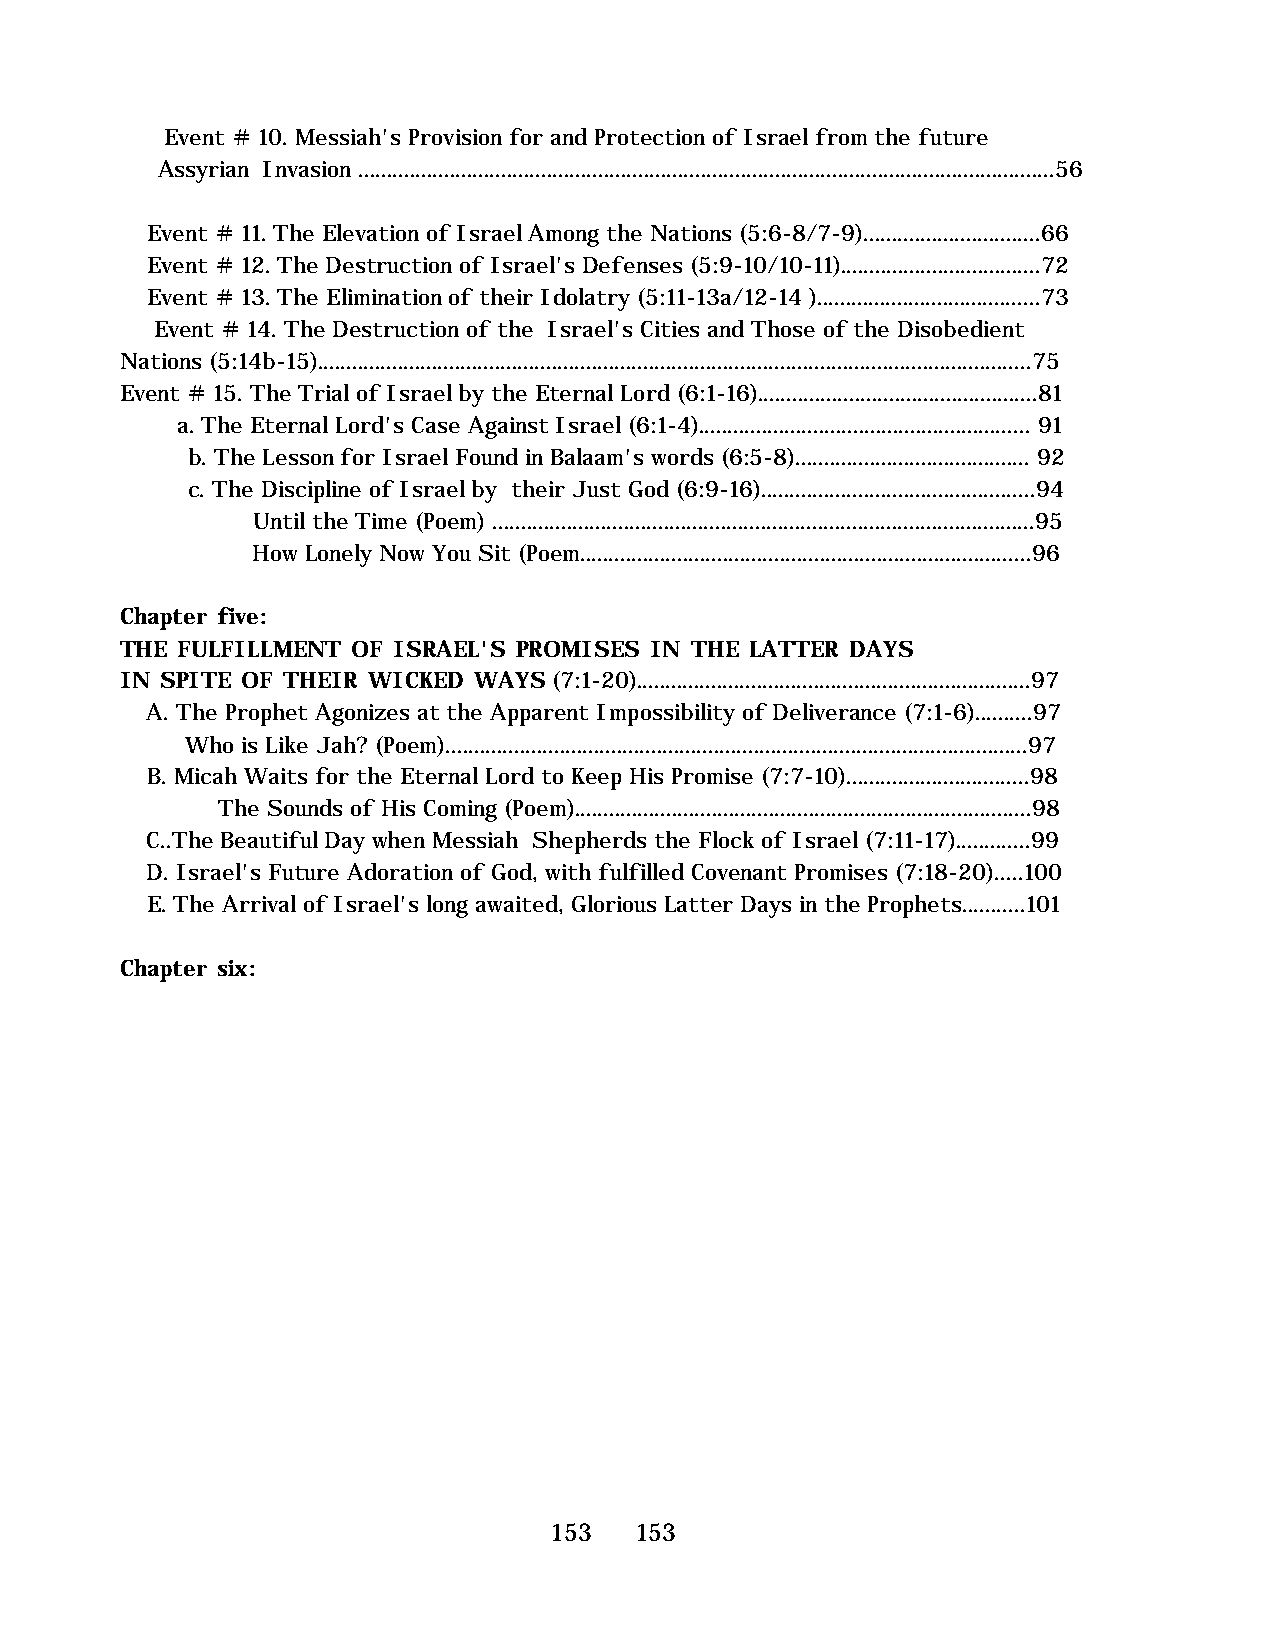
Event # 10. Messiah's Provision for and Protection of Israel from the future
 Assyrian Invasion ..........................................................................................................................56
 Event # 11. The Elevation of Israel Among the Nations (5:6-8/7-9)...............................66
 Event # 12. The Destruction of Israel's Defenses (5:9-10/10-11)...................................72
 Event # 13. The Elimination of their Idolatry (5:11-13a/12-14 ).......................................73
 Event # 14. The Destruction of the Israel's Cities and Those of the Disobedient
 Nations (5:14b-15).............................................................................................................................75
 Event # 15. The Trial of Israel by the Eternal Lord (6:1-16).................................................81
 a. The Eternal Lord's Case Against Israel (6:1-4).......................................................... 91
 b. The Lesson for Israel Found in Balaam's words (6:5-8)......................................... 92
 c. The Discipline of Israel by their Just God (6:9-16)................................................94
 Until the Time (Poem) ...............................................................................................95
 How Lonely Now You Sit (Poem...............................................................................96
 Chapter five:
 THE FULFILLMENT OF ISRAEL'S PROMISES IN THE LATTER DAYS
 IN SPITE OF THEIR WICKED WAYS (7:1-20).....................................................................97
 A. The Prophet Agonizes at the Apparent Impossibility of Deliverance (7:1-6)..........97
 Who is Like Jah? (Poem)......................................................................................................97
 B. Micah Waits for the Eternal Lord to Keep His Promise (7:7-10)................................98
 The Sounds of His Coming (Poem)................................................................................98
 C..The Beautiful Day when Messiah Shepherds the Flock of Israel (7:11-17).............99
 D. Israel's Future Adoration of God, with fulfilled Covenant Promises (7:18-20).....100
 E. The Arrival of Israel's long awaited, Glorious Latter Days in the Prophets...........101
 Chapter six:
 153   153